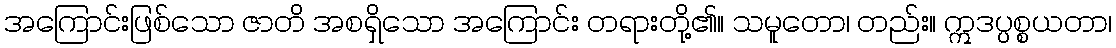
အကြောင်းဖြစ်သော ဇာတိ အစရှိသော အကြောင်း တရားတို့၏။ သမူတော၊ တည်း။ ဣဒပ္ပစ္စယတာ၊